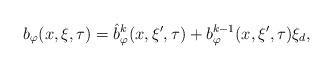
LaTeX: \begin{align*} b_\varphi(x,\xi,\tau) = \hat{b}^k_{\varphi}(x,\xi',\tau) + b^{k-1}_{\varphi}(x,\xi',\tau) \xi_d,\end{align*}